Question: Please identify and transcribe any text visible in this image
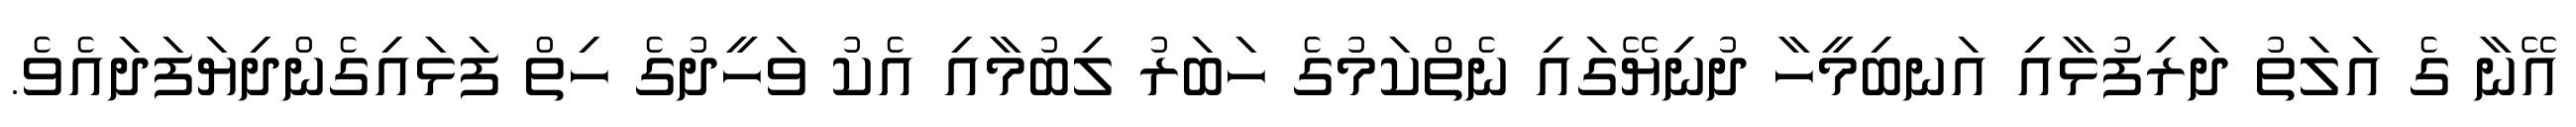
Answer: އޭނާ ގެ އަލަތު ދަރިފުޅާއި އަނބިމީހާ ދުނިޔޭގައި ނެތްކަމުގެ ހަބަރު ލިބުމާއި އެކު ވަހީދުގެ ހިތް ފަޅައިގެންދިޔަފަދައެވެ.